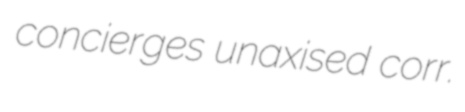
concierges unaxised corr.